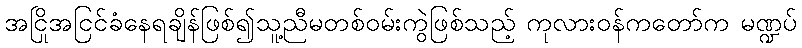
အငြိုအငြင်ခံနေရချိန်ဖြစ်၍သူ့ညီမတစ်ဝမ်းကွဲဖြစ်သည့် ကုလားဝန်ကတော်က မဏ္ဍပ်